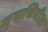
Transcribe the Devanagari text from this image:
सुवासिनीला